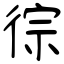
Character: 徖